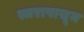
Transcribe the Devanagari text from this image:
स्तरापासून